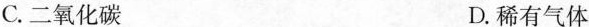
C. 二氧化碳 D. 稀有气体